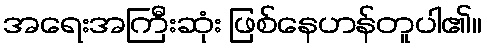
အရေးအကြီးဆုံး ဖြစ်နေဟန်တူပါ၏။